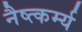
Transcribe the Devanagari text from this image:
नैष्त्कर्म्य